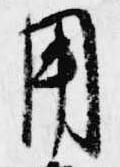
用